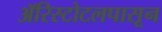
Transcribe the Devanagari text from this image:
ॲरिस्टोटलपासून